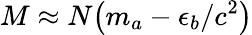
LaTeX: M\approx N{\left(m_{a}-\epsilon_{b}/c^{2}\right)}